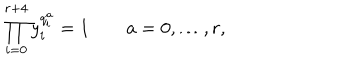
\prod _ { i = 0 } ^ { r + 4 } y _ { i } ^ { q _ { i } ^ { a } } = 1 \qquad a = 0 , \ldots , r ,